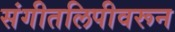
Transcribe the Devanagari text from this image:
संगीतलिपीवरून